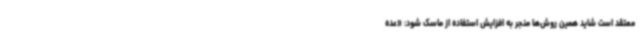
معتقد است شاید همین روش‌ها منجر به افزایش استفاده از ماسک شود: «عده